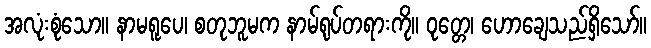
အလုံးစုံသော။ နာမရူပေ၊ စတုဘူမက နာမ်ရုပ်တရားကို။ ဝုတ္တေ၊ ဟောချေသည်ရှိသော်။